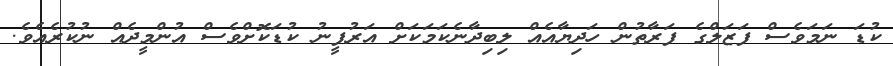
ކުޑަ ނަމަވެސް ފަޒަލްގެ ފަރާތުން ހަދިޔާއެއް ލިބިދާނެކަމަކަށް އަރުފީނު ކުޑަކޮށްވެސް އުންމީދެއް ނުކުރެއެވެ.